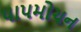
પાપમોચન